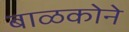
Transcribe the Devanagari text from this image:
बाळकोने